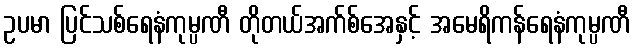
ဥပမာ ပြင်သစ်ရေနံကုမ္ပဏီ တိုတယ်အက်စ်အေနှင့် အမေရိကန်ရေနံကုမ္ပဏီ